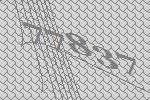
77837